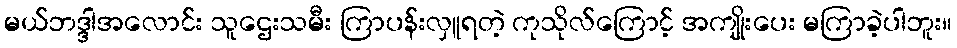
မယ်ဘဒ္ဒါအလောင်း သူဌေးသမီး ကြာပန်းလှူရတဲ့ ကုသိုလ်ကြောင့် အကျိုးပေး မကြာခဲ့ပါဘူး။